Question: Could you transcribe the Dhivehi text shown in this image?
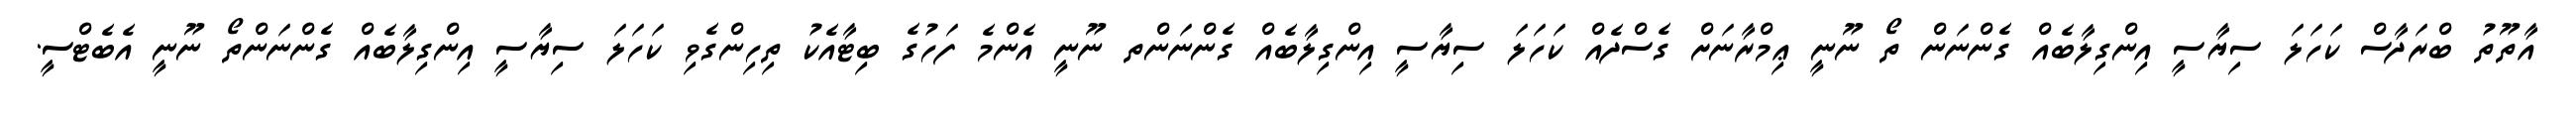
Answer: އާތޫތު ބްރަދާސް ކަހަލަ ސިޔާސީ އިންގިލާބެއް ގެންނަން ތޯ ނޫނީ ޢިމްރާނަށް ގެސްދެއް ކަހަލަ ސިޔާސީ އިންގިލާބެއް ގެންނަންތ ނޫނީ އެންމެ ފަހުގެ ބިޓާއެކު ތިހިންގެވި ކަހަލަ ސިޔާސީ އިންގިލާބެއް ގެންނަންތޯ ނޫނީ އެބެޓްސީ.